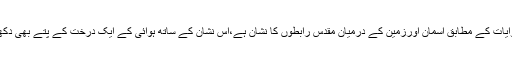
پرچم کے سنہری رنگ کے حصے پر ایک نشان بھی لگایاگیاہے جو ہوائی کی قدیم روایات کے مطابق آسمان اورزمین کے درمیان مقدس رابطوں کا نشان ہے،اس نشان کے ساتھ ہوائی کے ایک درخت کے پتے بھی دکھائی گئے ہیں جوروحانی طاقتوں کی طرف سے محافظت کا ایک محترمانہ اظہار ہے۔